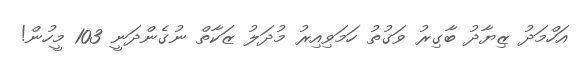
އަހްމަދު ޒިޔާދު ބާގިރު ވަގުތު ހަމަވިއިރު މުދަލު ޒަކާތް ނުގެންދަނީ 103 މީހުން!